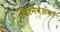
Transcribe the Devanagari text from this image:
विनिवेशकों